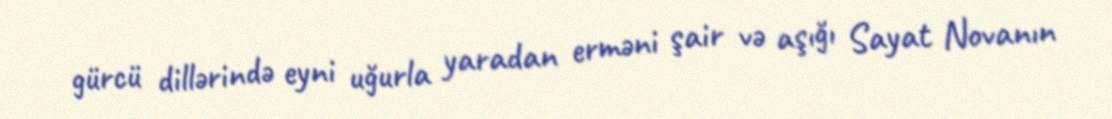
gürcü dillərində eyni uğurla yaradan erməni şair və aşığı Sayat Novanın